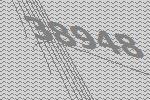
38948